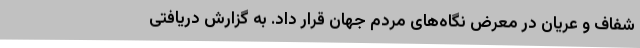
شفاف و عریان در معرض نگاه‌های مردم جهان قرار داد. به گزارش دریافتی